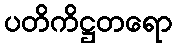
ပတိကိဋ္ဌတရော